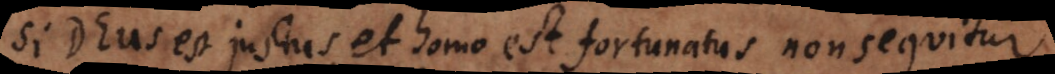
Si Deus est justus, et homo est fortunatus non sequitur